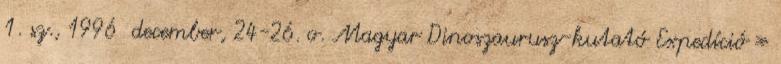
1. sz., 1996 december, 24-26. o. Magyar Dinoszaurusz-kutató Expedíció »